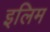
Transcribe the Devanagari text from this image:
इलिम